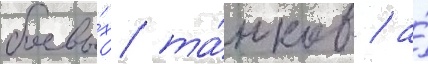
боевы́х та́нков / а́